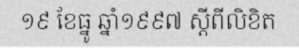
១៩ ខែធ្នូ ឆ្នាំ១៩៩៧ ស្តីពីលិខិត